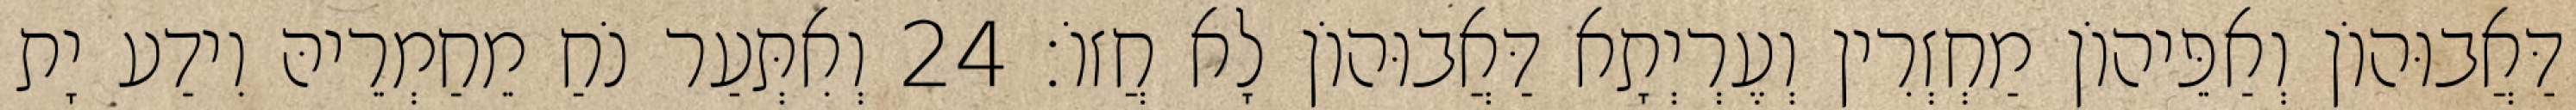
דַּאֲבוּהוֹן וְאַפֵּיהוֹן מַחְזְרִין וְעֶרְיְתָא דַּאֲבוּהוֹן לָא חֲזוֹ׃ 24 וְאִתְּעַר נֹחַ מֵחַמְרֵיהּ וִידַע יָת